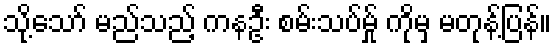
သို့သော် မည်သည့် ကနဦး စမ်းသပ်မ်ှု ကိုမှ မတုန့်ပြန်။